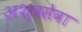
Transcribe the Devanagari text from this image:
अश्वसेवा